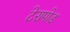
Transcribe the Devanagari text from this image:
टेरापोड